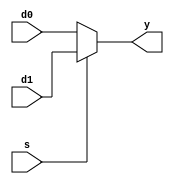
module mx2_8bits(d0,d1,s,y); // 8bit 2-to-1 mux
input [7:0]d0,d1;
input s;
output [7:0]y;

assign y=(s==1'b0)?d0:d1;
endmodule

module MUX_6_to_1(d0,d1,d2,d3,d4,d5,s,y); // 32bit 6-to-1 mux
	input [31:0] d0,d1,d2,d3,d4,d5;
	input [5:0]s;
	
	output reg [31:0] y;
	always@(s , d0, d1, d2,d3,d4,d5)
		begin
		case(s)
		6'b000001: y=d0;
		6'b000010: y=d1;
		6'b000100: y=d2;
		6'b001000: y=d3;
		6'b010000: y=d4;
		6'b100000: y=d5;
		default: y <= 32'b0;
		endcase
		end
endmodule

module MUX_4_to_1(reset_n,d0,d1,d2,d3,s,y);
	input [31:0] d0,d1,d2,d3;
	input [2:0]s;
	input reset_n;
	output reg [31:0] y;
	always@(s , d0, d1, d2, d3,reset_n)
		begin
		if(reset_n == 1'b0)
			begin
			y = 32'b0;
			end
		else
			begin
				case(s)
				3'b001: y=d0;
				3'b010: y=d1;
				3'b100: y=d2;
				default: y=d3;
				endcase
			end
		end
endmodule

module mx5_32bits(d0,d1,d2,d3,d4,d5,s,y); // 32bit 5-to-1 mux.
input [31:0]d0,d1,d2,d3,d4,d5;
input [4:0]s;
output reg[31:0]y;

	always@* begin
		case(s)
			5'b00000: y = d0;
			5'b00001: y = d1;
			5'b00010: y = d2;
			5'b00100: y = d3;
			5'b01000: y = d4;
			5'b10000: y = d5;
			default: y = 32'bx;
		endcase
		end
endmodule

module mx2_32bits(d0, d1, s, y); // 32bit 2-to-1 mux
	input [31:0] d0, d1;
	input s;
	output [31:0] y;

	assign y = (s == 0) ? d0: d1;
endmodule

module mx2(d0,d1,s,y); // 1bit 2-to-1 mux
	input d0,d1;
	input s;
	output y;

	assign y=(s==1)?d1:d0;
endmodule